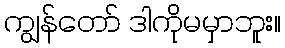
ကျွန်တော် ဒါကိုမမှာဘူး။